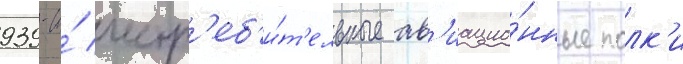
939-и́ истр'еб'и́т'ельные ав'иацио́нные полк'и